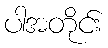
ပါအတိုင်း